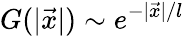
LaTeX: G(|\vec{x}|)\sim e^{-|\vec{x}|/l}